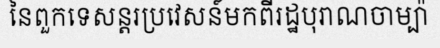
នៃពួកទេសន្តរប្រវេសន៍មកពីរដ្ឋបុរាណចាម្ប៉ា